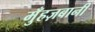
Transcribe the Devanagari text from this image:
मुँहज़बानी